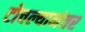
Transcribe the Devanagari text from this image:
टोचल्यानंतर